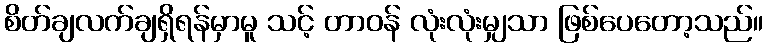
စိတ်ချလက်ချရှိရန်မှာမူ သင့် တာဝန် လုံးလုံးမျှသာ ဖြစ်ပေတော့သည်။